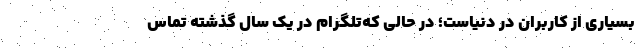
بسیاری از کاربران در دنیاست؛ در حالی که‌تلگرام در یک سال گذشته تماس